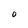
Character: 0